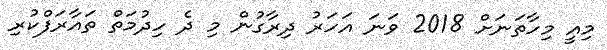
މިއީ މިހާތަނަށް 2018 ވަނަ އަހަރު ދިރާގުން މި ދެ ހިދުމަތް ތައާރަފްކުރި